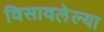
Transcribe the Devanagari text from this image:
विसावलेल्या